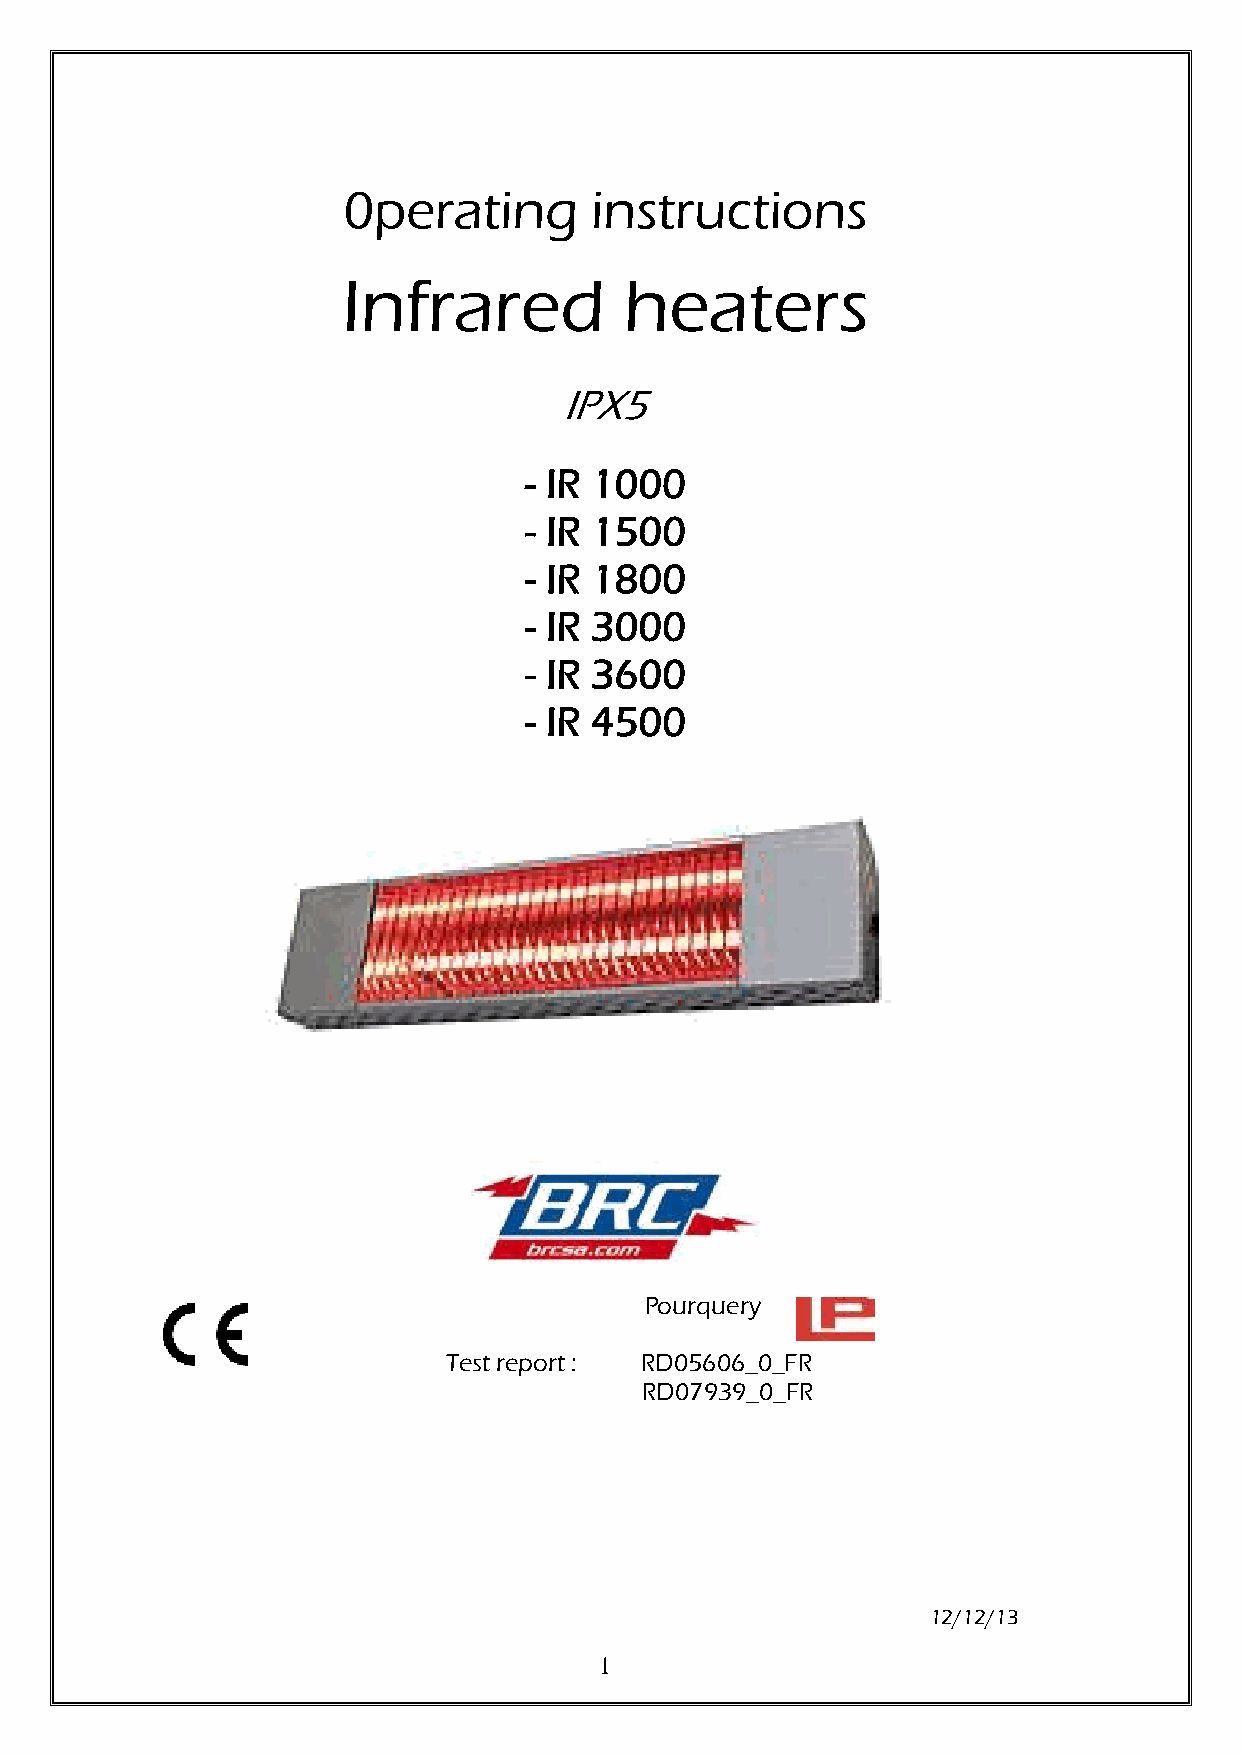
0perating       instructions
 Infrared          heaters
 IPX5
 - IR 1000
 - IR 1500
 - IR 1800
 - IR 3000
 - IR 3600
 - IR 4500
 Pourquery
 Test report : RD05606_0_FR
 RD07939_0_FR
 12/12/13
 1